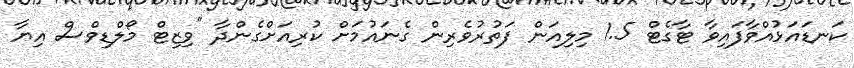
ކަނޑައަޅުއްވާފައިވާ ޓާގެޓް 1.5 މިލިއަން ފަތުރުވެރިން ގެނައުމަށް ކުރިއަށްގެންދާ "ވިޒިޓް މޯލްޑިވްސް އިޔާ